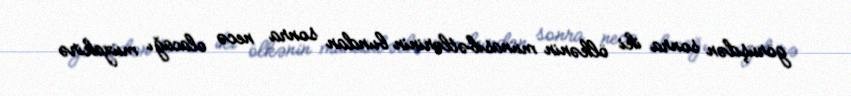
görüşdən sonra iki ölkənin münasibətlərinin bundan sonra necə olacağı müzakirə